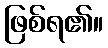
ဖြစ်ရ၏။